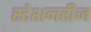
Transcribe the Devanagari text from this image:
स्टेशनरीज